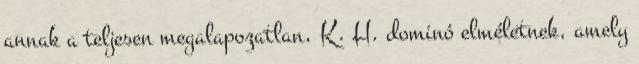
annak a teljesen megalapozatlan, K. H. dominó elméletnek, amely